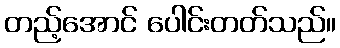
တည့်အောင် ပေါင်းတတ်သည်။